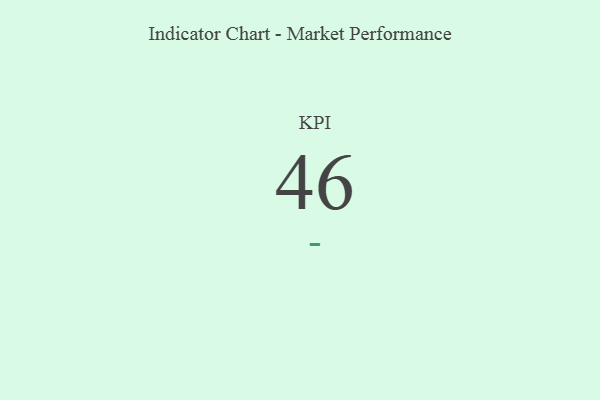
{"axis": {"x": "KPI", "y": "Value"}, "legend": [""], "data": [{"x": "KPI", "y": 46, "type": ""}]}